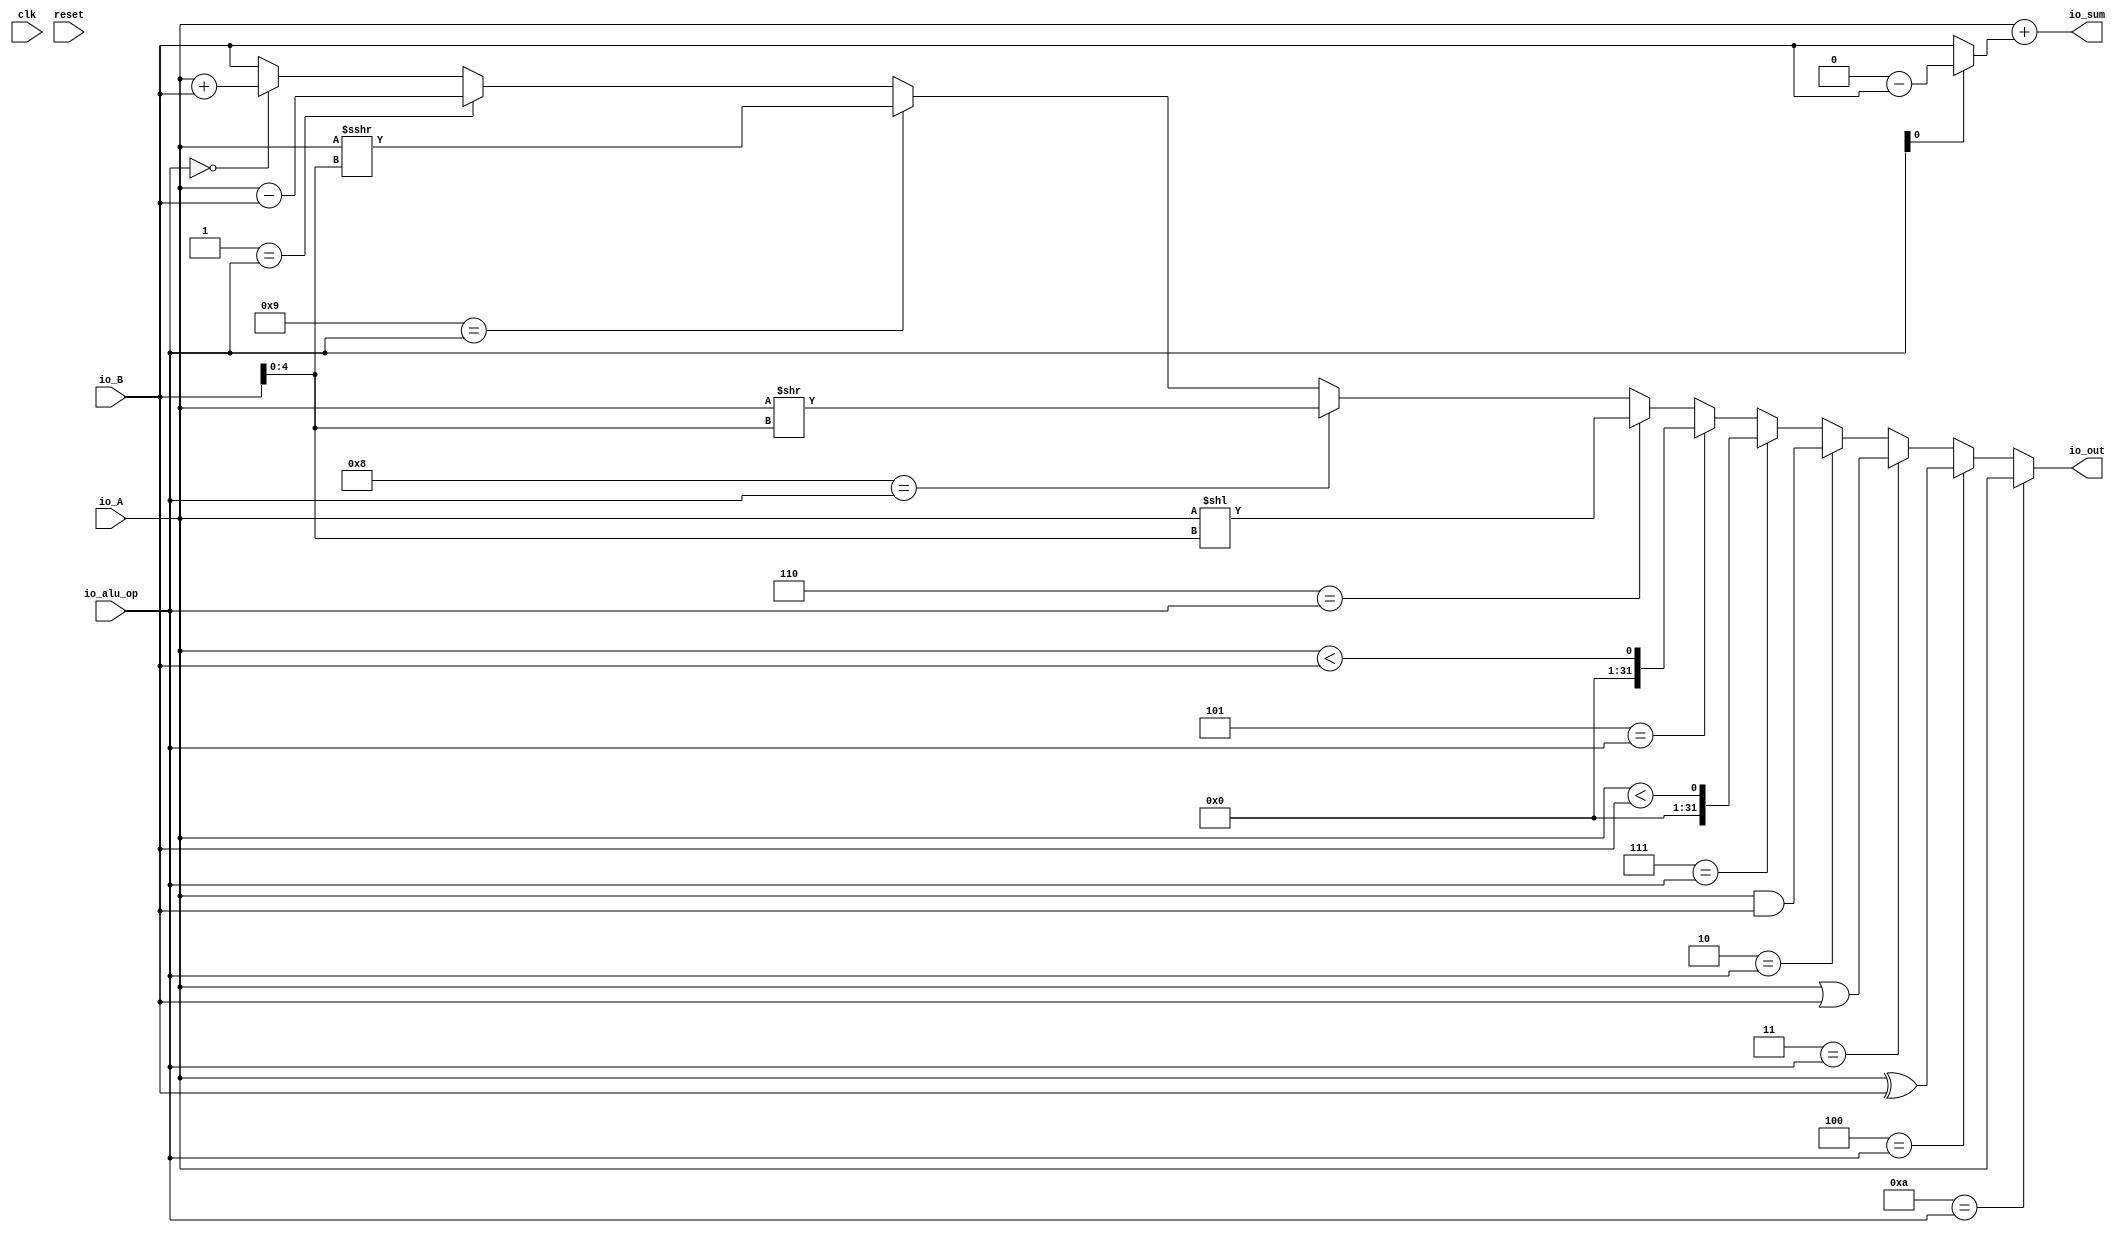
module top(
  input         clk,
  input         reset,
  input  [31:0] io_A,
  input  [31:0] io_B,
  input  [3:0]  io_alu_op,
  output [31:0] io_out,
  output [31:0] io_sum
);
  wire [4:0] shamt = io_B[4:0]; // @[ALU.scala 45:19]
  wire [31:0] _T_1 = io_A + io_B; // @[ALU.scala 48:25]
  wire [31:0] _T_3 = io_A - io_B; // @[ALU.scala 49:25]
  wire [31:0] _T_6 = $signed(io_A) >>> shamt; // @[ALU.scala 50:42]
  wire [31:0] _T_7 = io_A >> shamt; // @[ALU.scala 51:25]
  wire [62:0] _GEN_0 = {{31'd0}, io_A}; // @[ALU.scala 52:25]
  wire [62:0] _T_8 = _GEN_0 << shamt; // @[ALU.scala 52:25]
  wire  _T_11 = $signed(io_A) < $signed(io_B); // @[ALU.scala 53:32]
  wire  _T_12 = io_A < io_B; // @[ALU.scala 54:25]
  wire [31:0] _T_13 = io_A & io_B; // @[ALU.scala 55:25]
  wire [31:0] _T_14 = io_A | io_B; // @[ALU.scala 56:25]
  wire [31:0] _T_15 = io_A ^ io_B; // @[ALU.scala 57:25]
  wire  _T_16 = 4'h0 == io_alu_op; // @[Mux.scala 80:60]
  wire [31:0] _T_17 = _T_16 ? _T_1 : io_B; // @[Mux.scala 80:57]
  wire  _T_18 = 4'h1 == io_alu_op; // @[Mux.scala 80:60]
  wire [31:0] _T_19 = _T_18 ? _T_3 : _T_17; // @[Mux.scala 80:57]
  wire  _T_20 = 4'h9 == io_alu_op; // @[Mux.scala 80:60]
  wire [31:0] _T_21 = _T_20 ? _T_6 : _T_19; // @[Mux.scala 80:57]
  wire  _T_22 = 4'h8 == io_alu_op; // @[Mux.scala 80:60]
  wire [31:0] _T_23 = _T_22 ? _T_7 : _T_21; // @[Mux.scala 80:57]
  wire  _T_24 = 4'h6 == io_alu_op; // @[Mux.scala 80:60]
  wire [62:0] _T_25 = _T_24 ? _T_8 : {{31'd0}, _T_23}; // @[Mux.scala 80:57]
  wire  _T_26 = 4'h5 == io_alu_op; // @[Mux.scala 80:60]
  wire [62:0] _T_27 = _T_26 ? {{62'd0}, _T_11} : _T_25; // @[Mux.scala 80:57]
  wire  _T_28 = 4'h7 == io_alu_op; // @[Mux.scala 80:60]
  wire [62:0] _T_29 = _T_28 ? {{62'd0}, _T_12} : _T_27; // @[Mux.scala 80:57]
  wire  _T_30 = 4'h2 == io_alu_op; // @[Mux.scala 80:60]
  wire [62:0] _T_31 = _T_30 ? {{31'd0}, _T_13} : _T_29; // @[Mux.scala 80:57]
  wire  _T_32 = 4'h3 == io_alu_op; // @[Mux.scala 80:60]
  wire [62:0] _T_33 = _T_32 ? {{31'd0}, _T_14} : _T_31; // @[Mux.scala 80:57]
  wire  _T_34 = 4'h4 == io_alu_op; // @[Mux.scala 80:60]
  wire [62:0] _T_35 = _T_34 ? {{31'd0}, _T_15} : _T_33; // @[Mux.scala 80:57]
  wire  _T_36 = 4'ha == io_alu_op; // @[Mux.scala 80:60]
  wire [62:0] _T_37 = _T_36 ? {{31'd0}, io_A} : _T_35; // @[Mux.scala 80:57]
  wire [31:0] _T_40 = 32'h0 - io_B; // @[ALU.scala 60:38]
  wire [31:0] _T_41 = io_alu_op[0] ? _T_40 : io_B; // @[ALU.scala 60:23]
  assign io_out = _T_37[31:0]; // @[ALU.scala 47:10]
  assign io_sum = io_A + _T_41; // @[ALU.scala 60:10]
endmodule